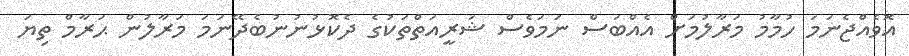
އޮވެއްޖެނަމަ ހުމާމު މަރާލުމަށް އެއްބަސް ނަމަވެސް ޝަރީއަތްތަކުގެ ދެކޮޅުނުނުބެދޭނަމަ މަރާލުން ޙަރާމް ތިޔަ